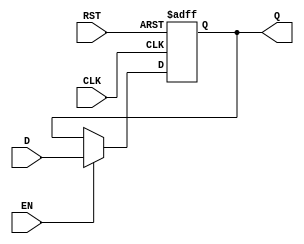
module BarrierRegister (
    input wire [N-1:0] D,      // Data input
    input wire EN,              // Enable signal
    input wire CLK,             // Clock signal
    input wire RST,             // Asynchronous reset
    output reg [N-1:0] Q        // Data output
);
    parameter N = 8;            // Parameter for the width of the register

    // Asynchronous reset and clocking behavior
    always @(posedge CLK or posedge RST) begin
        if (RST) begin
            Q <= {N{1'b0}};      // Set Q to 0 on reset
        end else if (EN) begin
            Q <= D;              // Capture input D if enabled
        end
        // If EN is low, Q retains its previous value
    end
endmodule